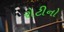
રોટીનો